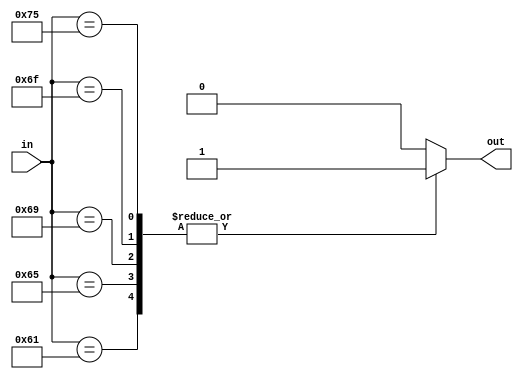
`timescale 1ns / 1ps
//////////////////////////////////////////////////////////////////////////////////
// Company: 
// Engineer: 
// 
// Design Name: 
// Module Name: vowel_checker_struct
// Project Name: 
// Target Devices: 
// Tool Versions: 
// Description: 
// 
// Dependencies: 
// 
// Revision:
// Revision 0.01 - File Created
// Additional Comments:
// 
//////////////////////////////////////////////////////////////////////////////////


module vowel_checker_struct(output reg out,
                            input [7:0] in);
       always @ (in)
       case(in)
       8'h61: out = 1;//a
       8'h65: out = 1;//e
       8'h69: out = 1;//i
       8'h6F: out = 1;//o
       8'h75: out = 1;//u
       default: out = 0;
       endcase
endmodule